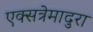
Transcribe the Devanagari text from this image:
एक्सत्रेमादुरा